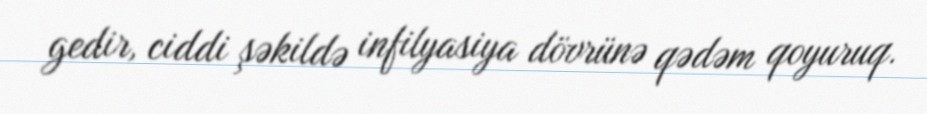
gedir, ciddi şəkildə infilyasiya dövrünə qədəm qoyuruq.